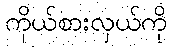
ကိုယ်စားလှယ်ကို